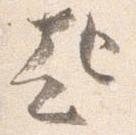
起